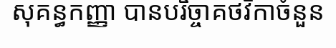
សុគន្ធកញ្ញា បានបរិច្ចាគថវិកាចំនួន